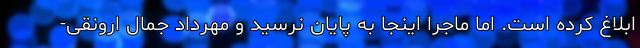
ابلاغ کرده است. اما ماجرا اینجا به پایان نرسید و مهرداد جمال ارونقی-